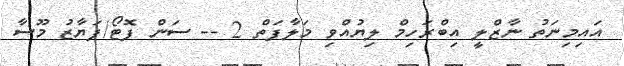
އައިމިނަތު ނާޒްލީ އިބްރަހިމް ލިޔުއްވި މަލާފަތް 2 -- ސަން ފޮޓޯ/ފަޔާޒު މޫސާ